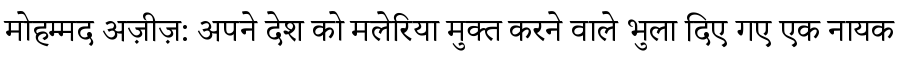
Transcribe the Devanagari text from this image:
मोहम्मद अज़ीज़: अपने देश को मलेरिया मुक्त करने वाले भुला दिए गए एक नायक